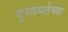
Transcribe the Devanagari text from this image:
दुय्यमतेच्या